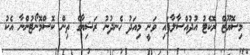
މިސޮޔޫޒް ރޮކެޓު އުދުއްސާލާފައި ވަނީ މިއަދު ހެނދުނު ރަޝިޔާގެ ތިން ކޮސްމޮނޯޓުންނާ އެކު